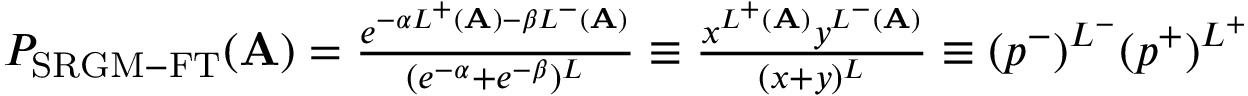
\begin{array} { r } { P _ { \mathrm { S R G M - F T } } ( \mathbf { A } ) = \frac { e ^ { - \alpha L ^ { + } ( \mathbf { A } ) - \beta L ^ { - } ( \mathbf { A } ) } } { ( e ^ { - \alpha } + e ^ { - \beta } ) ^ { L } } \equiv \frac { x ^ { L ^ { + } ( \mathbf { A } ) } y ^ { L ^ { - } ( \mathbf { A } ) } } { ( x + y ) ^ { L } } \equiv ( p ^ { - } ) ^ { L ^ { - } } ( p ^ { + } ) ^ { L ^ { + } } } \end{array}